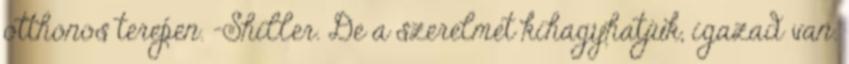
otthonos terepen. -Shiller. De a szerelmet kihagyhatjuk, igazad van.